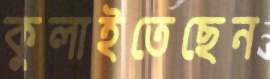
কুলাইতেছেন